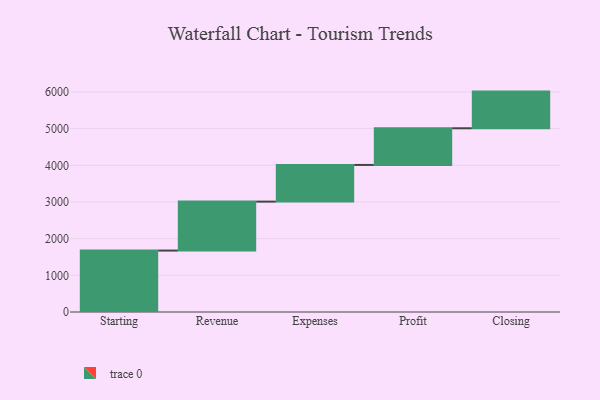
{"axis": {"x": "Step", "y": "Value"}, "legend": [""], "data": [{"x": "Starting", "y": 1675.0, "type": ""}, {"x": "Revenue", "y": 1335.0, "type": ""}, {"x": "Expenses", "y": 1000, "type": ""}, {"x": "Profit", "y": 1000, "type": ""}, {"x": "Closing", "y": 1000, "type": ""}]}